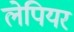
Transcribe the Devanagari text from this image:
लेपियर